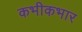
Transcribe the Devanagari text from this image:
कभीकभार